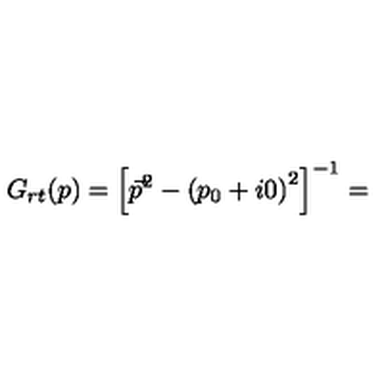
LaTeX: G _ { r t } ( p ) = { \left[ { \vec { p } } ^ { 2 } - { ( p _ { 0 } + i 0 ) } ^ { 2 } \right] } ^ { - 1 } =